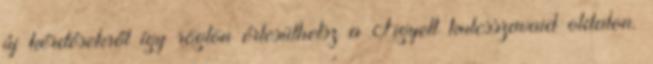
új kérdésekről így rögtön értesülhetsz a Figyelt kulcsszavaid oldalon.